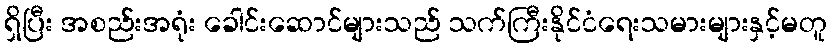
ရှိပြီး အစည်းအရုံး ခေါင်းဆောင်များသည် သက်ကြီးနိုင်ငံရေးသမားများနှင့်မတူ